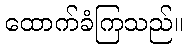
ထောက်ခံကြသည်။